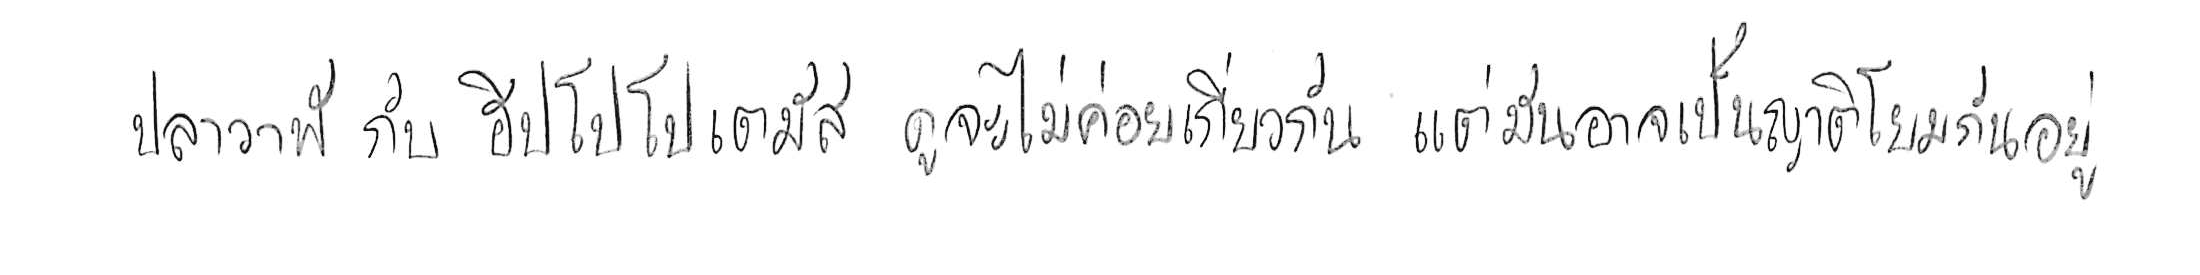
ปลาวาฬ กับ ฮิปโปโปเตมัส ดูจะไม่ค่อยเกี่ยวกัน แต่มันอาจเป็นญาติโยมกันอยู่